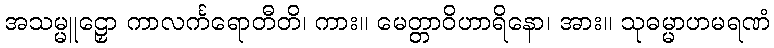
အသမ္မူဠှော ကာလင်္ကရောတီတိ၊ ကား။ မေတ္တာဝိဟာရိနော၊ အား။ သုဓမ္မာဟမရဏံ